Report on sanitation, dispensaries, and jails in Rajputana for 1909, and on vaccination for the year 1909-1910 - 1909-1910
Year: 1909
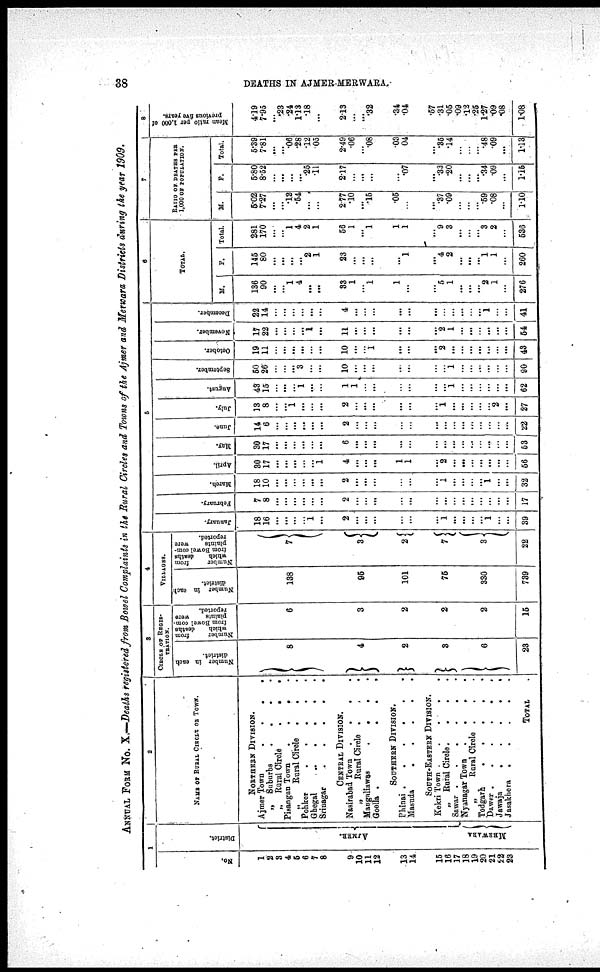
38
DEATHS IN AJMER-MERWARA
ANNUAL FORM No. X.—Deaths registered from Bowel Complaints in the Rural Circles and Towns of the Ajmer and Merwara Districts during the year 1909.
1
No.
1
2
3
4
5
6
7
8
9
10
11
12
13
14
15
16
17
18
19
20
21
22
23
District.
AJMER.
MERWARA.
2
NAME OF RURAL CIRCLE OF TOWNS.
NORTHERN DIVISION.
Ajmer Town
.
.
.
.
„
Snburbs
. . . .
„
Rural Circle
.
.
Pisangan Town
.
.
. .
„Rural Circle
.
. .
Pohker
.
.
.
.
.
Ghegal
.
.
. . .
Sriuagar
.
.
. . .
CENTRAL DIVISION.
Nasirabad Town
. . . .
„
Rural Circle . . .
Maugaliawas
.
. . .
Goella .
.
.
.
SOUTHERN DIVISION.
Phinai .
.
.
.
.
.
Masuda
.
.
.
.
.
SOUTH-EASTERN DIVISION.
Kekri Town
.
.
.
.
„
Rural Circle.
.
.
.
Sawar .
.
.
.
.
.
Nyanagar Town
. . .
„ Rural Circle . . .
Todgarh
.
.
.
.
.
Dawer .
.
.
.
.
.
Jawaja
.
.
.
.
.
Jasakhera
.
.
.
.
.
TOTAL
3
CIRCLE OF REGIS¬
TRATION.
Number in each
district.
8
4
2
3
6
23
Number
from
which
deaths
from Bowel com¬
plaints
were
reported.
6
3
2
2
2
15
4
VILLAGES.
Number in each
district.
138
95
101
75
330
739
Number
from
which
deaths
from Bowel com-
plaints
were
reported.
7
3
2
7
3
22
5
January.
18
16
...
...
...
...
1
...
2
...
...
...
...
...
...
1
...
...
...
...
1
...
...
39
February.
7
8
...
...
...
...
...
...
2
...
...
...
...
...
...
...
...
...
...
...
...
...
...
17
March.
18
10
...
...
...
...
...
...
2
...
...
...
...
...
...
1
...
...
...
...
1
...
...
32
April.
30 17
. ..
...
...
...
...
1
4
...
...
...
1
1
...
2
...
...
...
...
...
...
...
56
May.
30
17
...
...
...
...
...
...
6
...
...
...
...
...
...
...
...
...
...
...
...
...
...
53
Jane.
14
6
...
...
...
...
...
...
2
...
...
...
...
...
...
...
...
...
...
...
...
...
...
22
July.
13
8
...
...
1
...
...
...
2
...
...
...
...
...
...
1
...
...
...
...
...
2
...
27
August.
43
15
...
...
...
1
...
...
1
1
...
...
...
...
...
...
1
...
...
...
...
...
...
62
September.
50
26
...
...
...
3
...
...
10
...
...
...
...
...
...
...
1
...
...
...
...
...
...
90
October.
19
11
...
...
...
...
...
...
10
...
...
1
...
...
...
2
...
...
...
...
...
...
...
43
November.
17
22
...
...
...
...
1
...
11
...
...
...
...
...
...
2
1
...
...
...
...
...
...
54
December.
22
14
...
...
...
...
...
...
4
...
...
...
...
...
...
...
...
...
...
...
1
...
...
41
6
TOTAL.
M.
136
90
...
...
1
4
...
...
33
1
...
1
1
...
...
5
1
...
...
...
2
1
...
276
F.
145
80
...
...
...
...
2
1
23
...
...
...
...
1
...
4
2
...
...
...
1
1
...
260
Total.
281
170
...
...
1
4
2
1
56
1
...
1
1
1
...
9
3
...
...
...
3
2
...
536
7
RATIO OF DEATHS PER
1,000 OF POPULATION.
M.
5.02
7.27
...
...
.12
.54
...
...
2.77
.10
...
.15
.05
...
...
.37
.09
...
...
...
.59
.08
...
1.10
F.
5.80
8.52
...
...
...
...
.26
.11
2.17
...
...
...
...
.07
...
.33
.20
...
...
...
.34
.09
...
1.15
Total.
5.39
7.81
...
...
.06
.28
.12
.05
2.49
.06
...
.08
.03
.04
...
.35
.14
...
...
...
.48
.09
...
1.13
8
Mean ratio per 1,000 of
previous five years.
4.19
7.95
...
.23
.24
1.13
.18
...
2.13
...
...
.32
.34
.04
.57
.31
.05
.09
.12
.25
1.27
.09
.08
1.08